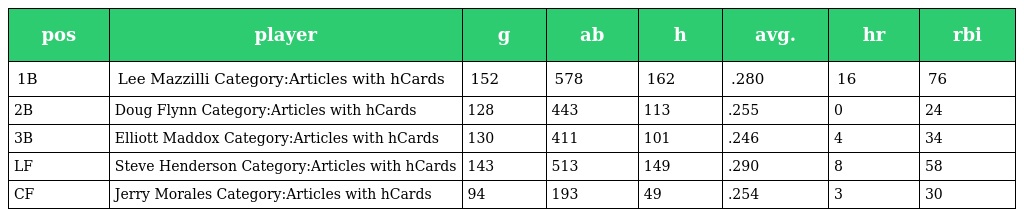
| pos | player | g | ab | h | avg. | hr | rbi |
 | --- | --- | --- | --- | --- | --- | --- | --- |
 | 1B | Lee Mazzilli Category:Articles with hCards | 152 | 578 | 162 | .280 | 16 | 76 |
 | 2B | Doug Flynn Category:Articles with hCards | 128 | 443 | 113 | .255 | 0 | 24 |
 | 3B | Elliott Maddox Category:Articles with hCards | 130 | 411 | 101 | .246 | 4 | 34 |
 | LF | Steve Henderson Category:Articles with hCards | 143 | 513 | 149 | .290 | 8 | 58 |
 | CF | Jerry Morales Category:Articles with hCards | 94 | 193 | 49 | .254 | 3 | 30 |